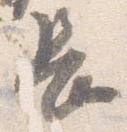
長